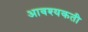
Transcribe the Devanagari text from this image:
आवश्यकती